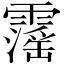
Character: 𩆍